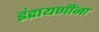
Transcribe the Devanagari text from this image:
इंद्रायणींना